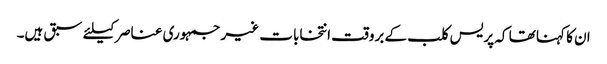
ان کا کہنا تھا کہ پریس کلب کے بروقت انتخابات غیر جمہوری عناصر کیلئے سبق ہیں۔